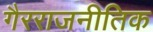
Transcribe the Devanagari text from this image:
गैरराजनीतिक